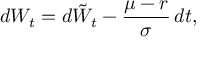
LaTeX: d W _ { t } = d { \tilde { W } } _ { t } - { \frac { \mu - r } { \sigma } } \, d t ,